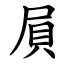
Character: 屓